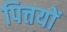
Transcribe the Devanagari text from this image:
पित्तयों